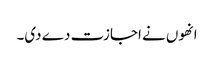
انھوں نے اجازت دے دی۔